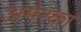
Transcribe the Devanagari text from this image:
अमेरका